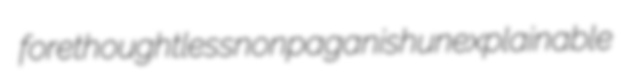
forethoughtless nonpaganish unexplainable